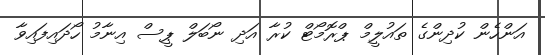
އަންހެން ކުދިންގެ ތައުލީމް ޕްރޮމޯޓް ކުރާ އަދި ނޯބަލް ޕީސް އިނާމު ހޯދައިފައިވާ